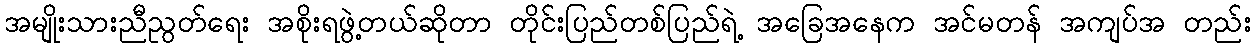
အမျိုးသားညီညွတ်ရေး အစိုးရဖွဲ့တယ်ဆိုတာ တိုင်းပြည်တစ်ပြည်ရဲ့ အခြေအနေက အင်မတန် အကျပ်အ တည်း